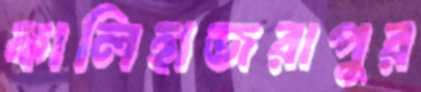
কালিহাজরাপুর